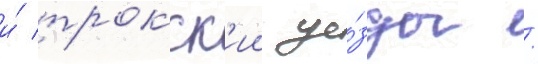
и́ трокск'ии уе́зды /